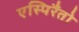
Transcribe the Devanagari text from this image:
एस्पिरैंतो